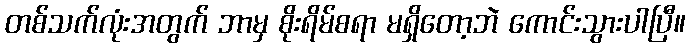
တစ်သက်လုံးအတွက် ဘာမှ စိုးရိမ်စရာ မရှိတော့ဘဲ ကောင်းသွားပါပြီ။